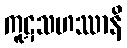
ကူဋသဟဿာနိ